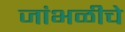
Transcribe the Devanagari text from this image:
जांभळीचे